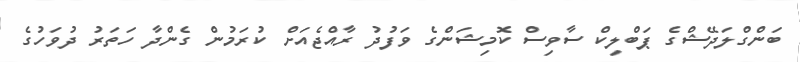
ބަންގްލަދޭޝްގެ ޕަބްލިކް ސާވިސް ކޮމިޝަންގެ ވަފުދު ރާއްޖެއަށް ކުރަމުން ގެންދާ ހަތަރު ދުވަހުގެ